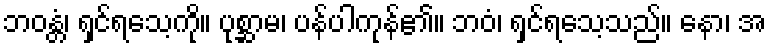
ဘဝန္တံ၊ ရှင်ရသေ့ကို။ ပုစ္ဆာမ၊ ပန်ပါကုန်၏။ ဘဝံ၊ ရှင်ရသေ့သည်။ နော၊ အ